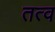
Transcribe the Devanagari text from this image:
तत्व